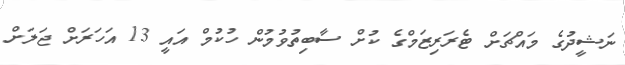
ނަޝީދުގެ މައްޗަށް ޓެރަރިޒަމްގެ ކުށް ސާބިތުވުމުން ހުކުމް އައީ 13 އަހަރަށް ޖަލަށް